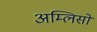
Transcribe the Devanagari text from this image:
अम्लिसो